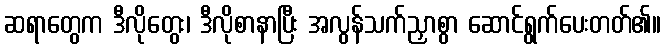
ဆရာတွေက ဒီလိုတွေး၊ ဒီလိုစာနာပြီး အလွန်သက်ညှာစွာ ဆောင်ရွက်ပေးတတ်၏။